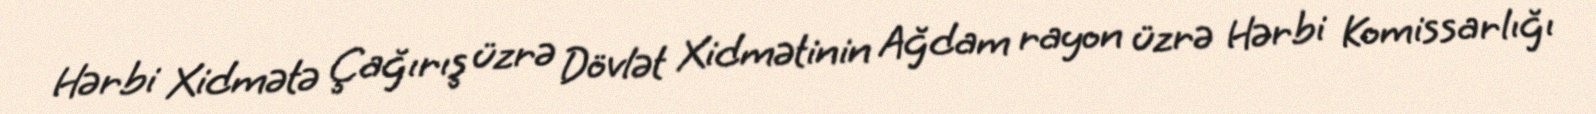
Hərbi Xidmətə Çağırış üzrə Dövlət Xidmətinin Ağdam rayon üzrə Hərbi Komissarlığı